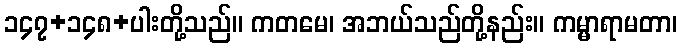
၁၄၇+၁၄၈+ပါးတို့သည်။ ကတမေ၊ အဘယ်သည်တို့နည်း။ ကမ္မာရာမတာ၊